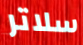
سلاتر